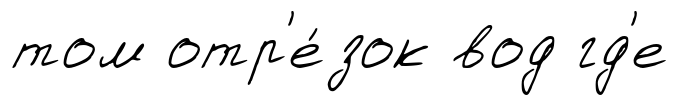
том отр'е́зок вод гд'е